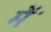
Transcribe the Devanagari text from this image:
मेंॱ